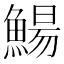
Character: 鰑